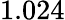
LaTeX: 1.024